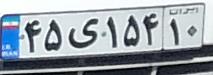
۴۵ی۱۵۴۱۰